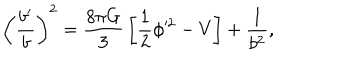
\left( { \frac { b ^ { \prime } } { b } } \right) ^ { 2 } = { \frac { 8 \pi G } { 3 } } \left[ { \frac { 1 } { 2 } } \phi ^ { 2 } - V \right] + { \frac { 1 } { b ^ { 2 } } } ,